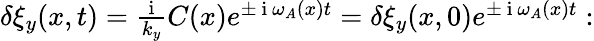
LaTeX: \begin{array}{r}{\delta\xi_{y}(x,t)=\frac{\mathrm{~i~}}{k_{y}}C(x)e^{\pm\mathrm{~i~}\omega_{A}(x)t}=\delta\xi_{y}(x,0)e^{\pm\mathrm{~i~}\omega_{A}(x)t}:}\end{array}